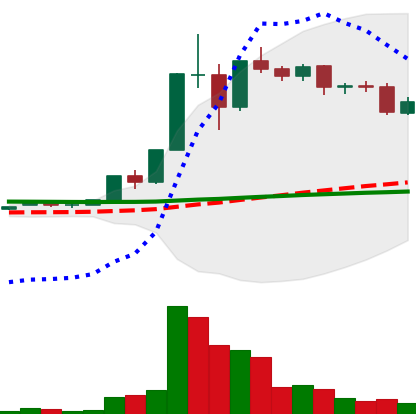
Ticker: XLM-USD
Chart end date: 2020-12-05
Forward return: -6.182%
Label: down_5_7